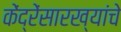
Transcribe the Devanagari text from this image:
केंद्रेंसारख्यांचे